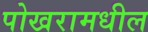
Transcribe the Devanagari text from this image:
पोखरामधील